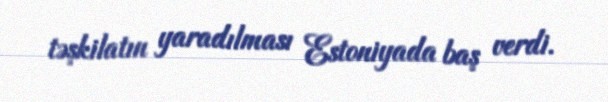
təşkilatın yaradılması Estoniyada baş verdi.